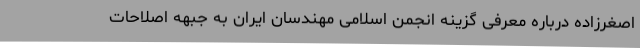
اصغرزاده درباره معرفی گزینه انجمن اسلامی مهندسان ایران به جبهه اصلاحات